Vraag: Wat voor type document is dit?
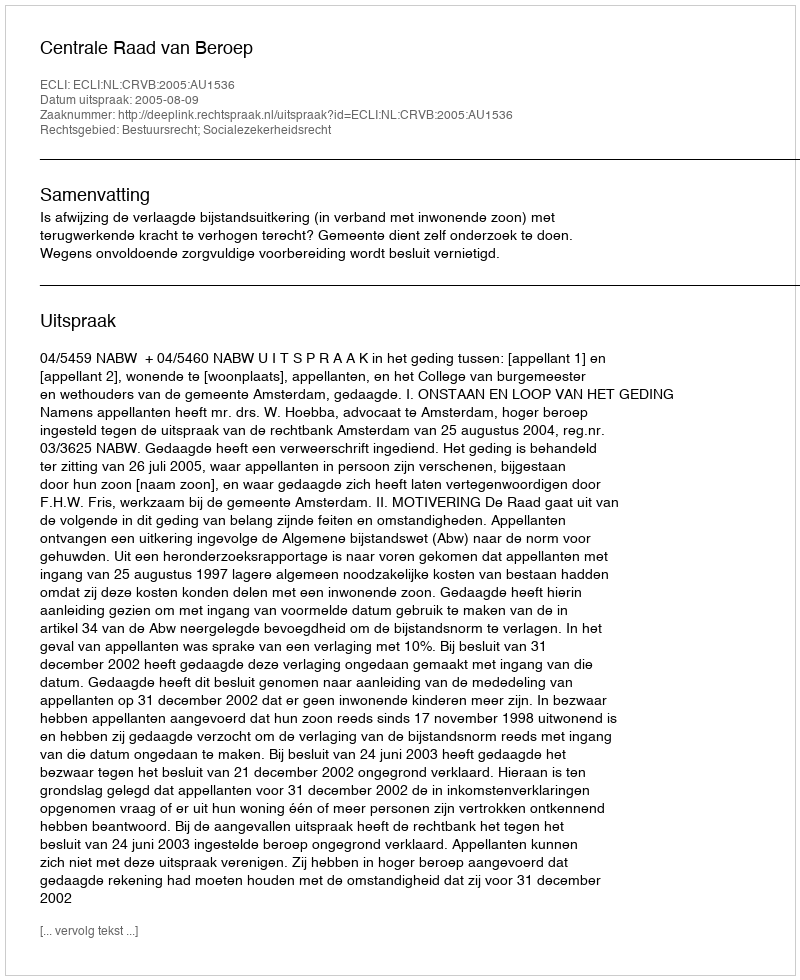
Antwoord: Uitspraak